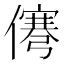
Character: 𰂹